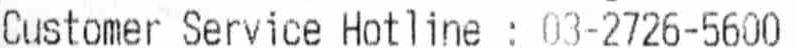
CUSTOMER SERVICE HOTLINE : 03-2726-5600